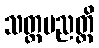
သတ္တပညတ္တိ